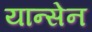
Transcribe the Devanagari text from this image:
यान्सेन